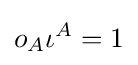
o_{A}\iota ^{A}=1